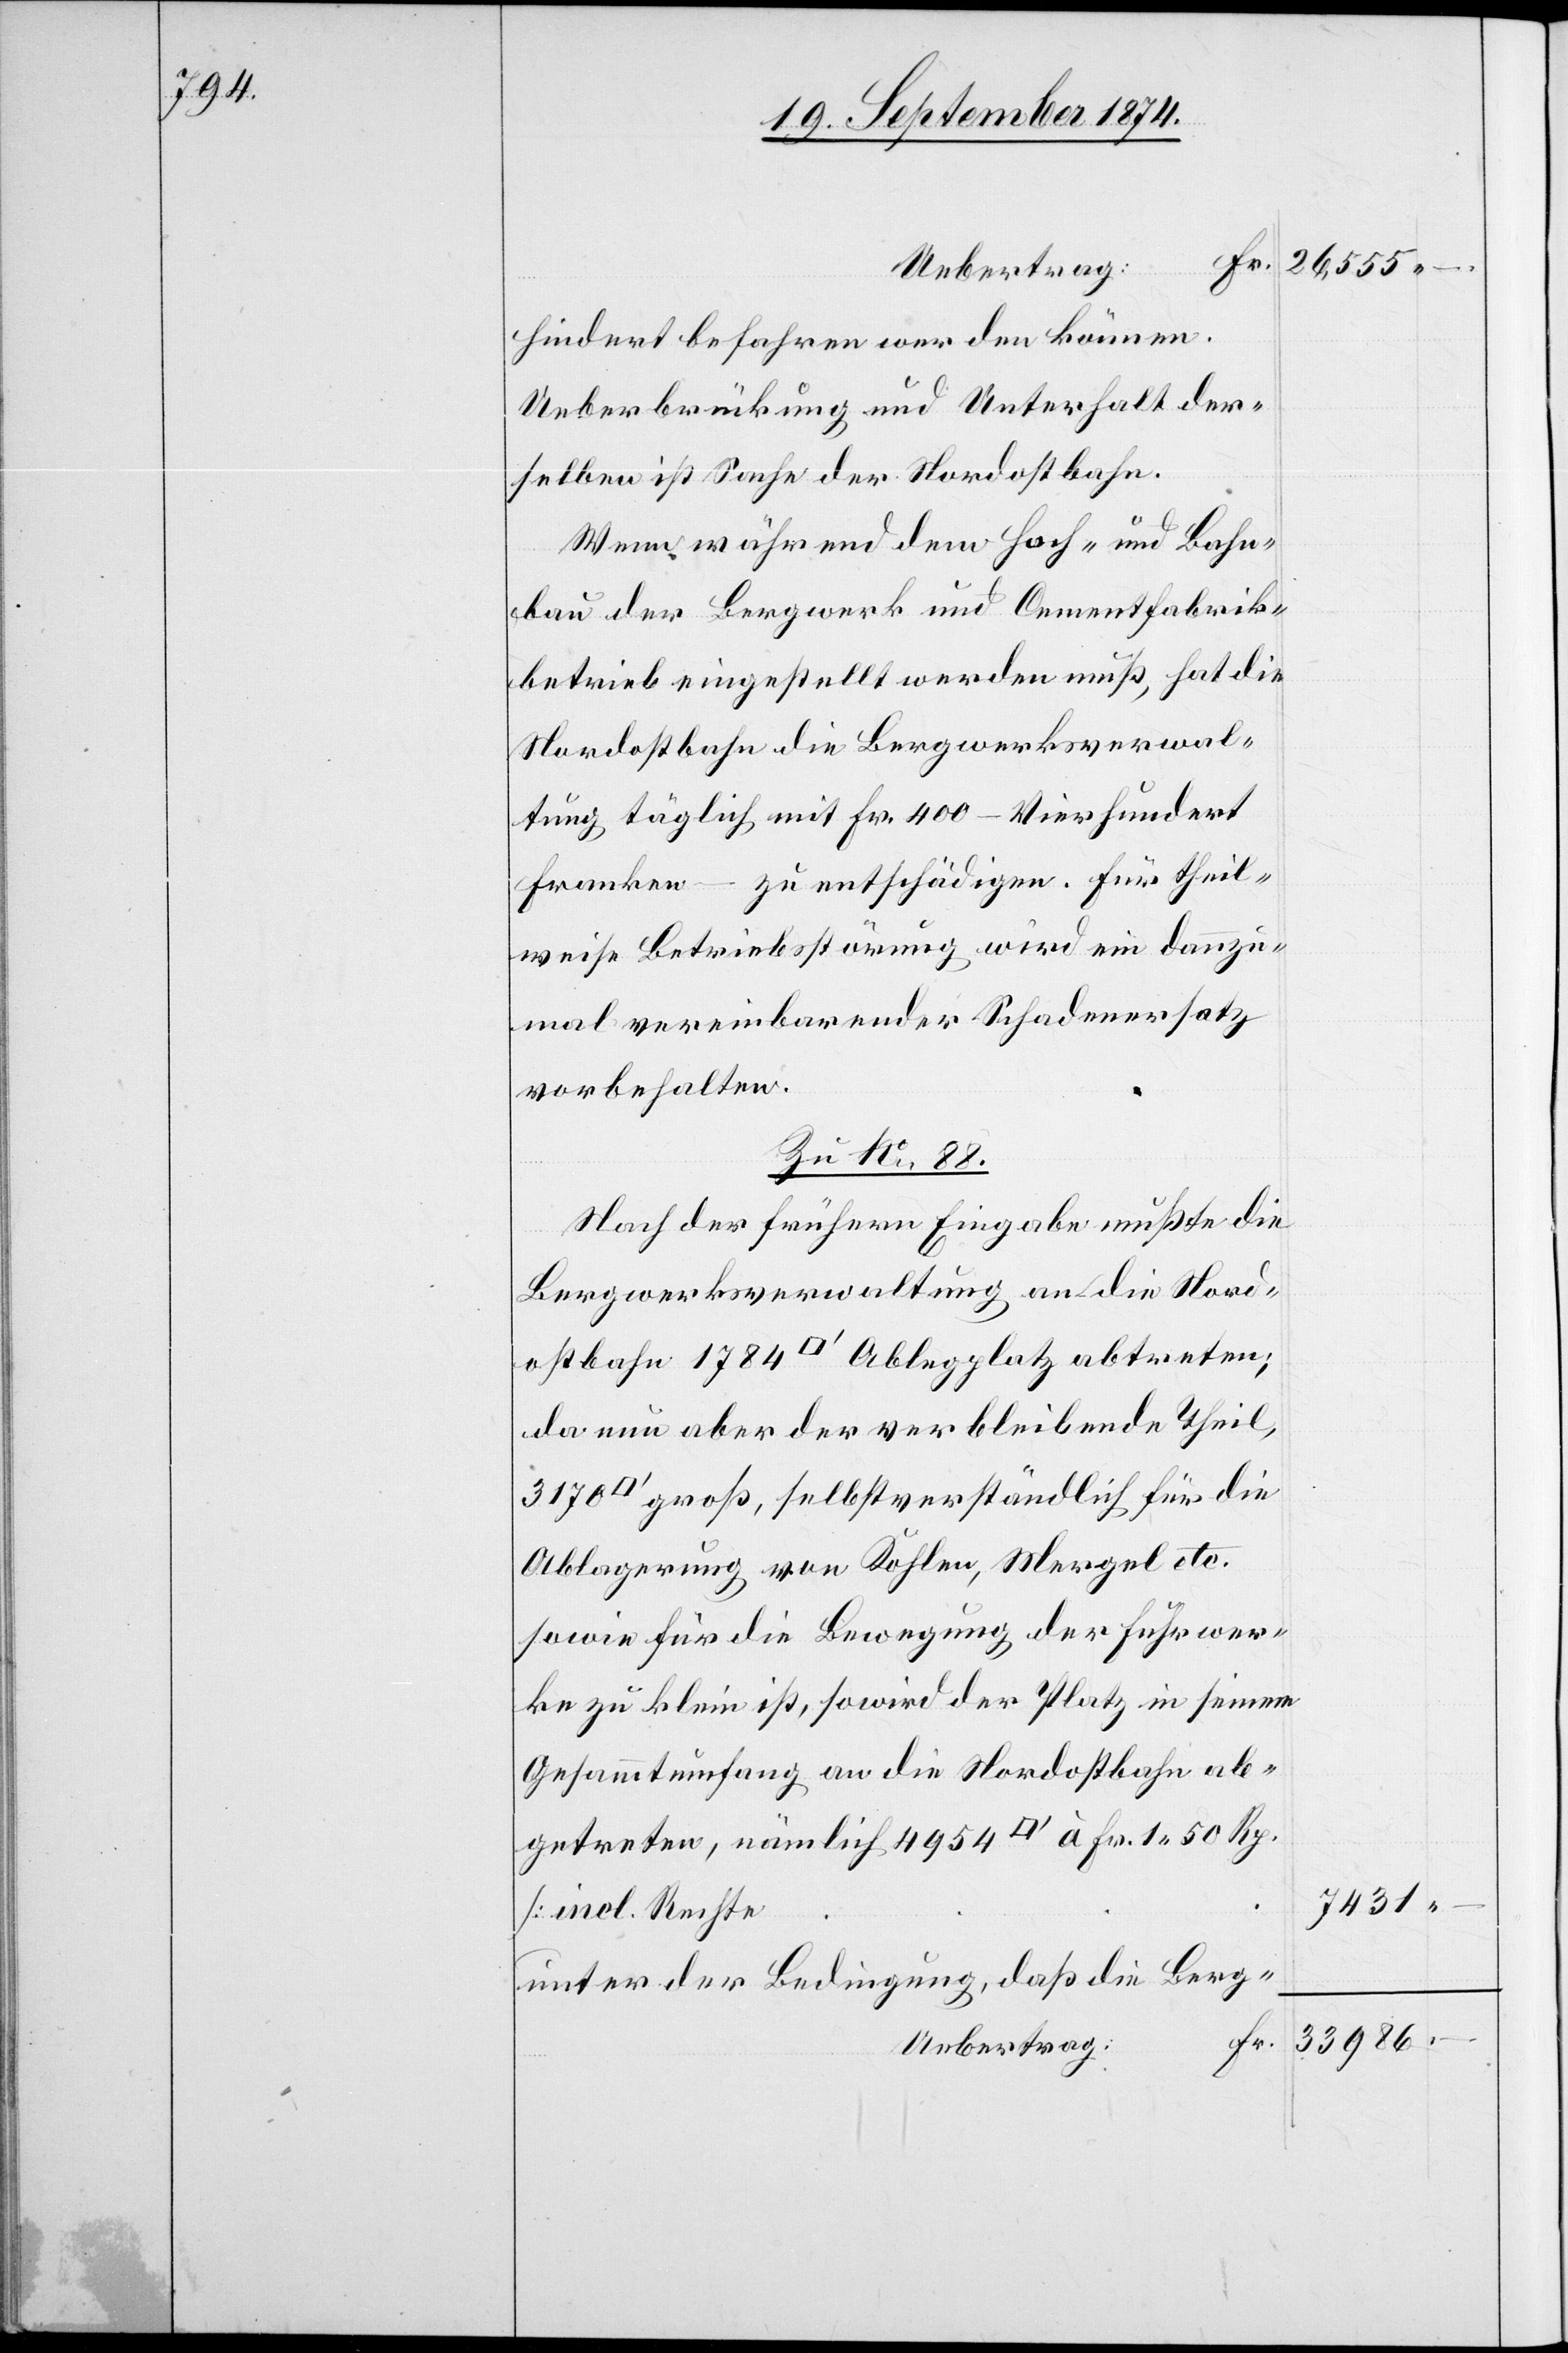
Uebertrag
hindert befahren werden können.
Ueberbrückung und Unterhalt der¬
selben ist Sache der Nordostbahn.
Wenn während dem Hoch- und Bahn¬
bau der Bergwerk[-] und Cementfabrik¬
betrieb eingestellt werden muß, hat die
Nordostbahn die Bergwerksverwal¬
tung täglich mit Fr. 400 – Vierhundert
Franken – zu entschädigen. Für theil¬
weise Betriebsstörung wird ein dannzu¬
mal vereinbarender Schadenersatz
vorbehalten.
Zu No 88.
Nach der frühern Eingabe mußte die
Bergwerksverwaltung an die Nord¬
ostbahn 1784 [Quadratfuss] Ablegplatz abtreten;
da nun aber der verbleibende Theil,
groß, selbstverständlich für die
Ablagerung von Kohlen, Mergel etc.
sowie für die Bewegung der Fuhrwer¬
ke zu klein ist, so wird der Platz in seinem
Gesammtumfang an die Nordostbahn ab¬
[incl. Rechte[]]
unter der Bedingung, daß die Berg-
Fr.

7431
33,986